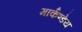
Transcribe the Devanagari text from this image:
मार्कण्‍डेय